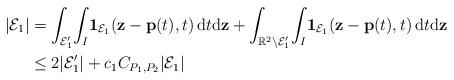
LaTeX: \begin{align*}|\mathcal{E}_1|&=\int_{\mathcal{E}_1'}\!\int_{I}\!\mathbf{1}_{\mathcal{E}_1}(\mathbf{z}-\mathbf{p}(t),t)\,\mathrm{d}t\mathrm{d}\mathbf{z}+\int_{\mathbb{R}^2\setminus \mathcal{E}_1'}\!\int_{I}\!\mathbf{1}_{\mathcal{E}_1}(\mathbf{z}-\mathbf{p}(t),t)\,\mathrm{d}t\mathrm{d}\mathbf{z}\\&\leq 2|\mathcal{E}_1'|+c_1C_{P_1, P_2}|\mathcal{E}_1|\end{align*}